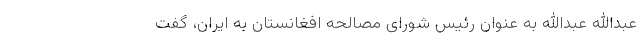
عبدالله عبدالله به عنوان رئیس شورای مصالحه افغانستان به ایران، گفت